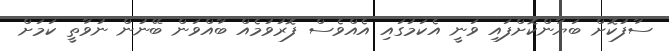
ސާފުކޮށް ބަޔާންކޮށްފައި ވަނީ އެކަމުގައި އެއްވެސް ފޮރުވުމެއް ބާއްވަން ބޭނުން ނުވާތީ ކަމަށް